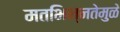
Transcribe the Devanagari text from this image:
मतभिन्नतेमुळे